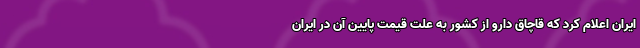
ایران اعلام کرد که قاچاق دارو از کشور به علت قیمت پایین آن در ایران